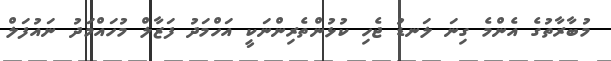
މުބާރާތުގެ އެންމެ ގިނަ ލަނޑު ޖެހި ކުޅުންތެރިންނަކީ އަހްމަދު ފަޒާލް މުހައްމަދު ނައުފަލް